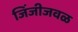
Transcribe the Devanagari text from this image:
जिंजीजवळ